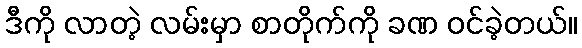
ဒီကို လာတဲ့ လမ်းမှာ စာတိုက်ကို ခဏ ဝင်ခဲ့တယ်။